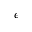
\epsilon